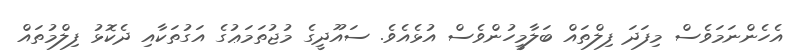
އެހެންނަމަވެސް މިފަދަ ފިލްތައް ބަލާމީހުންވެސް އުޅެއެވެ. ސައޫދީގެ މުޖުތަމަޢުގެ އަގުތަކާއި ދެކޮޅު ފިލްމުތައް